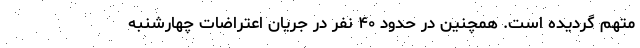
متهم گردیده است. همچنین در حدود ۴۰ نفر در جریان اعتراضات چهارشنبه